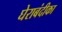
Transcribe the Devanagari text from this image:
घेराबंदीका